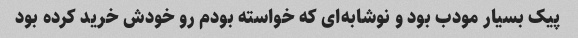
پیک بسیار مودب بود و نوشابه‌ای که خواسته بودم رو خودش خرید کرده بود